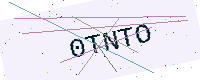
Text: 0TNTO